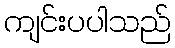
ကျင်းပပါသည်